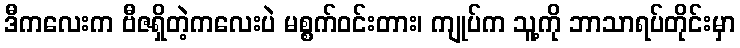
ဒီကလေးက ဗီဇရှိတဲ့ကလေးပဲ မစ္စက်ဝင်းတား၊ ကျုပ်က သူ့ကို ဘာသာရပ်တိုင်းမှာ